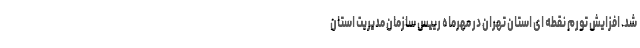
شد. افزایش تورم نقطه ای استان تهران در مهرماه رییس سازمان مدیریت استان